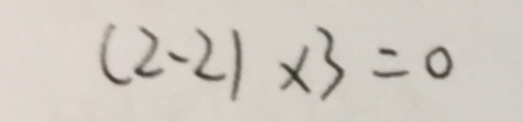
( 2 - 2 ) \times 3 = 0